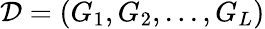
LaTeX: {\cal D}=(G_{1},G_{2},...,G_{L})